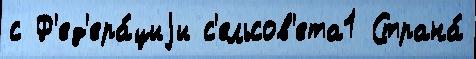
с Ф'ед'ера́циjи с'ельсов'ета1 Страна́